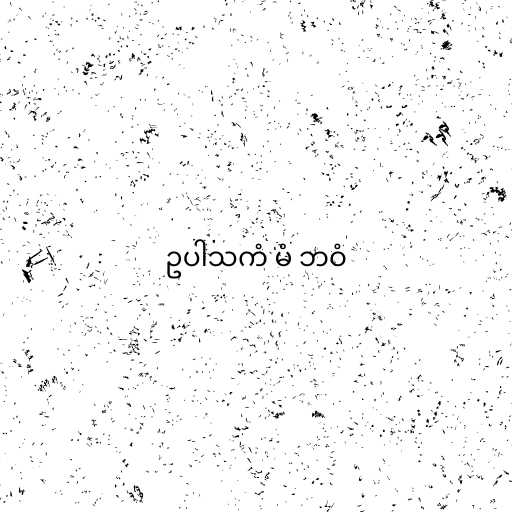
ဥပါသကံ မံ ဘဝံ